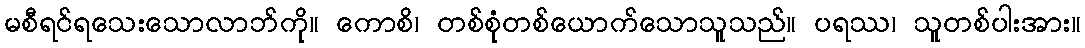
မစီရင်ရသေးသောလာဘ်ကို။ ကောစိ၊ တစ်စုံတစ်ယောက်သောသူသည်။ ပရဿ၊ သူတစ်ပါးအား။